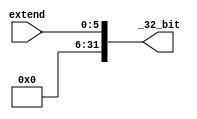
module Sign_Extend(input [5:0] extend ,output [31:0]_32_bit);
or q0(_32_bit[0],extend[0],0);
or q1(_32_bit[1],extend[1],0);
or q2(_32_bit[2],extend[2],0);
or q3(_32_bit[3],extend[3],0);
or q4(_32_bit[4],extend[4],0);
or q5(_32_bit[5],extend[5],0);
or q6(_32_bit[6],0,0);
or q7(_32_bit[7],0,0);
or q8(_32_bit[8],0,0);
or q9(_32_bit[9],0,0);
or q10(_32_bit[10],0,0);
or q11(_32_bit[11],0,0);
or q12(_32_bit[12],0,0);
or q13(_32_bit[13],0,0);
or q14(_32_bit[14],0,0);
or q15(_32_bit[15],0,0);
or q16(_32_bit[16],0,0);
or q17(_32_bit[17],0,0);
or q18(_32_bit[18],0,0);
or q19(_32_bit[19],0,0);
or q20(_32_bit[20],0,0);
or q21(_32_bit[21],0,0);
or q22(_32_bit[22],0,0);
or q23(_32_bit[23],0,0);
or q24(_32_bit[24],0,0);
or q25(_32_bit[25],0,0);
or q26(_32_bit[26],0,0);
or q27(_32_bit[27],0,0);
or q28(_32_bit[28],0,0);
or q29(_32_bit[29],0,0);
or q30(_32_bit[30],0,0);
or q31(_32_bit[31],0,0);

endmodule